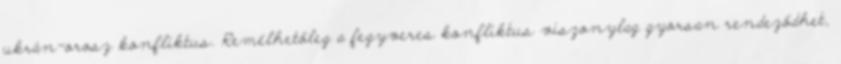
ukrán-orosz konfliktus. Remélhetőleg a fegyveres konfliktus viszonylag gyorsan rendeződhet,